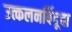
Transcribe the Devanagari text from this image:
उत्कलनबिंदूचा